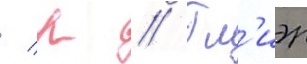
/ р // Гл'иэр